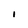
Character: I